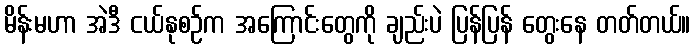
မိန်းမဟာ အဲဒီ ငယ်နုစဉ်က အကြောင်းတွေကို ချည်းပဲ ပြန်ပြန် တွေးနေ တတ်တယ်။